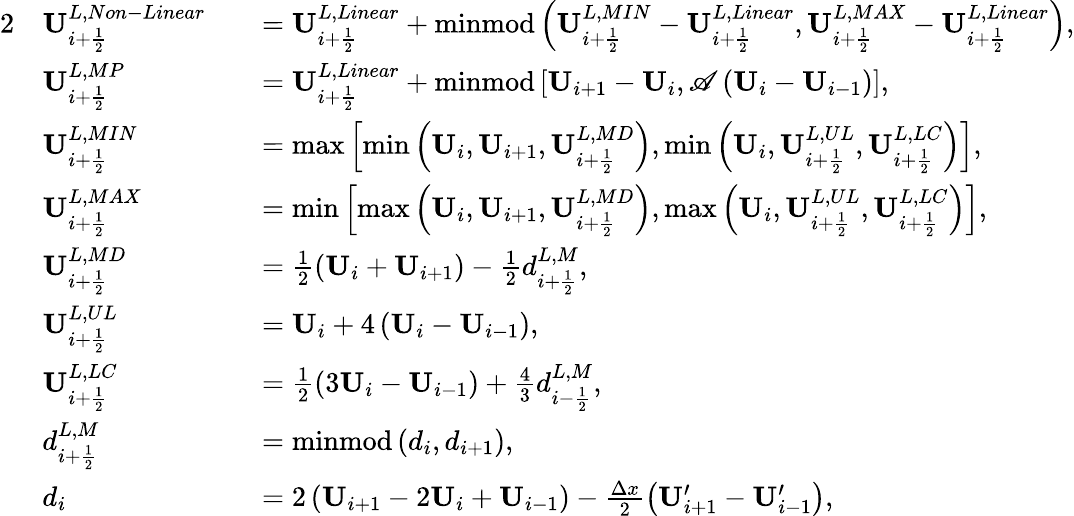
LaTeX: \begin{array}{rlrl}{{2}}&{\mathbf{U}_{i+\frac{1}{2}}^{L,Non-Linear}}&&{=\mathbf{U}_{i+\frac{1}{2}}^{L,Linear}+\mathrm{minmod}\left(\mathbf{U}_{i+\frac{1}{2}}^{L,MIN}-\mathbf{U}_{i+\frac{1}{2}}^{L,Linear},\mathbf{U}_{i+\frac{1}{2}}^{L,MAX}-\mathbf{U}_{i+\frac{1}{2}}^{L,Linear}\right),}\\ &{\mathbf{U}_{i+\frac{1}{2}}^{L,MP}}&&{=\mathbf{U}_{i+\frac{1}{2}}^{L,Linear}+\mathrm{minmod}\left[\mathbf{U}_{i+1}-\mathbf{U}_{i},\mathscr{A}\left(\mathbf{U}_{i}-\mathbf{U}_{i-1}\right)\right],}\\ &{\mathbf{U}_{i+\frac{1}{2}}^{L,MIN}}&&{=\operatorname*{max}\left[\operatorname*{min}\left(\mathbf{U}_{i},\mathbf{U}_{i+1},\mathbf{U}_{i+\frac{1}{2}}^{L,MD}\right),\operatorname*{min}\left(\mathbf{U}_{i},\mathbf{U}_{i+\frac{1}{2}}^{L,UL},\mathbf{U}_{i+\frac{1}{2}}^{L,LC}\right)\right],}\\ &{\mathbf{U}_{i+\frac{1}{2}}^{L,MAX}}&&{=\operatorname*{min}\left[\operatorname*{max}\left(\mathbf{U}_{i},\mathbf{U}_{i+1},\mathbf{U}_{i+\frac{1}{2}}^{L,MD}\right),\operatorname*{max}\left(\mathbf{U}_{i},\mathbf{U}_{i+\frac{1}{2}}^{L,UL},\mathbf{U}_{i+\frac{1}{2}}^{L,LC}\right)\right],}\\ &{\mathbf{U}_{i+\frac{1}{2}}^{L,MD}}&&{=\frac{1}{2}\left(\mathbf{U}_{i}+\mathbf{U}_{i+1}\right)-\frac{1}{2}d_{i+\frac{1}{2}}^{L,M},}\\ &{\mathbf{U}_{i+\frac{1}{2}}^{L,UL}}&&{=\mathbf{U}_{i}+4\left(\mathbf{U}_{i}-\mathbf{U}_{i-1}\right),}\\ &{\mathbf{U}_{i+\frac{1}{2}}^{L,LC}}&&{=\frac{1}{2}\left(3\mathbf{U}_{i}-\mathbf{U}_{i-1}\right)+\frac{4}{3}d_{i-\frac{1}{2}}^{L,M},}\\ &{d_{i+\frac{1}{2}}^{L,M}}&&{=\mathrm{minmod}\left(d_{i},d_{i+1}\right),}\\ &{d_{i}}&&{=2\left(\mathbf{U}_{i+1}-2\mathbf{U}_{i}+\mathbf{U}_{i-1}\right)-\frac{\Delta x}{2}\left(\mathbf{U}_{i+1}^{\prime}-\mathbf{U}_{i-1}^{\prime}\right),}\end{array}